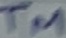
Text: TM